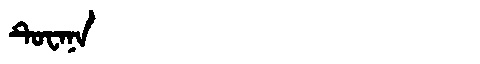
Manchu: ᡨᡠᠸᠠᠨᠠ
Romanization: TUWANA